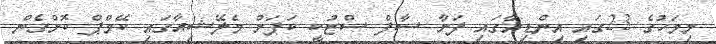
މިމަހުގެ 23ގައި އިންޑިއާގައި ފަށާ ސާފް ސްޒުކީ ކަޕަށް މެލޭޝިއާގައި ކޭމްޕް ކޮށްގެން